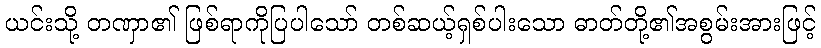
ယင်းသို့ တဏှာ၏ ဖြစ်ရာကိုပြပါသော် တစ်ဆယ့်ရှစ်ပါးသော ဓာတ်တို့၏အစွမ်းအားဖြင့်